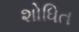
શોધિત